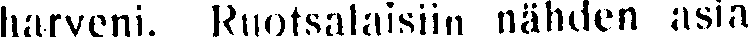
harveni. Ruotsalaisiin nähden asia